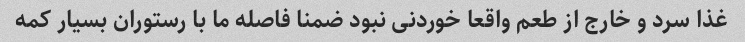
غذا سرد و خارج از طعم واقعا خوردنی نبود ضمنا فاصله ما با رستوران بسیار کمه